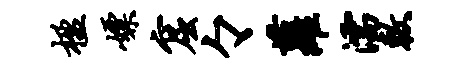
楹嫖窟々萝濡敕